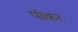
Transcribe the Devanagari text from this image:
पॉकर